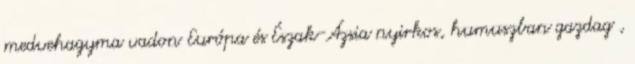
medvehagyma vadon Európa és Észak-Ázsia nyirkos, humuszban gazdag ,